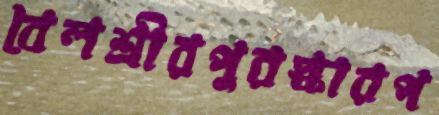
বেলশ্রীরপুরস্কারপ